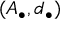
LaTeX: ( A _ { \bullet } , d _ { \bullet } )